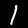
Digit: 1